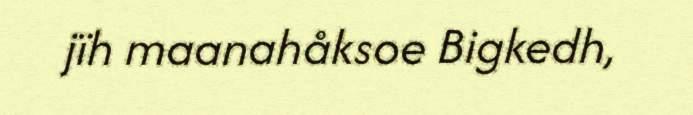
jïh maanahåksoe Bigkedh,